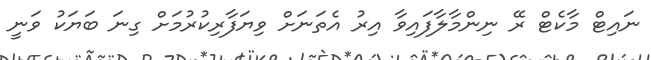
ނައިޓް މާކެޓް ރޭ ނިންމާލާފައިވާ އިރު އެތަނަށް ވިޔަފާރިކުރުމަށް ގިނަ ބަޔަކު ވަނީ